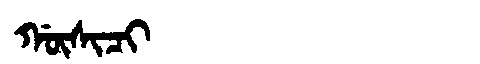
Manchu: ᡤᡡᠰᡳᠴᡳ
Romanization: GŪSICI